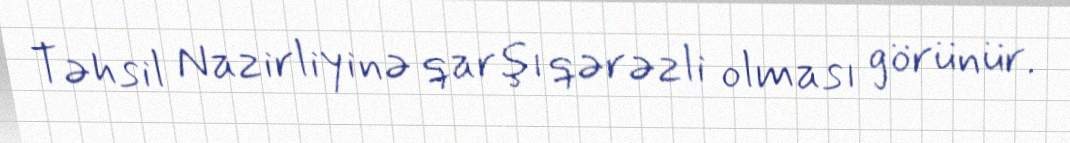
Təhsil Nazirliyinə qarşı qərəzli olması görünür.